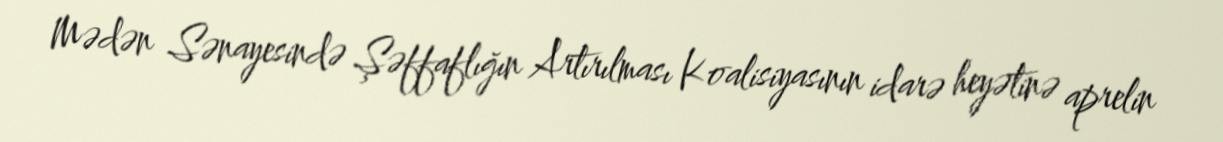
Mədən Sənayesində Şəffaflığın Artırılması Koalisiyasının idarə heyətinə aprelin